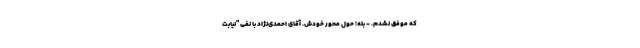
که موفق نشدم. - بله؛ حول محور خودش. آقای احمدی‌نژاد با نفی "نیابت